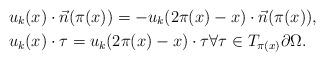
LaTeX: \begin{align*}& u_k(x)\cdot \vec n(\pi(x)) = - u_k(2\pi(x) - x)\cdot\vec n(\pi(x)),\\& u_k(x)\cdot\tau = u_k(2\pi(x) - x)\cdot\tau\forall \tau\in T_{\pi(x)}\partial\Omega.\end{align*}